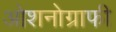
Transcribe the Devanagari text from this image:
ओशनोग्राफी